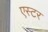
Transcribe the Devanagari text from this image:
एस्‍टर